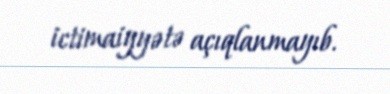
ictimaiyyətə açıqlanmayıb.